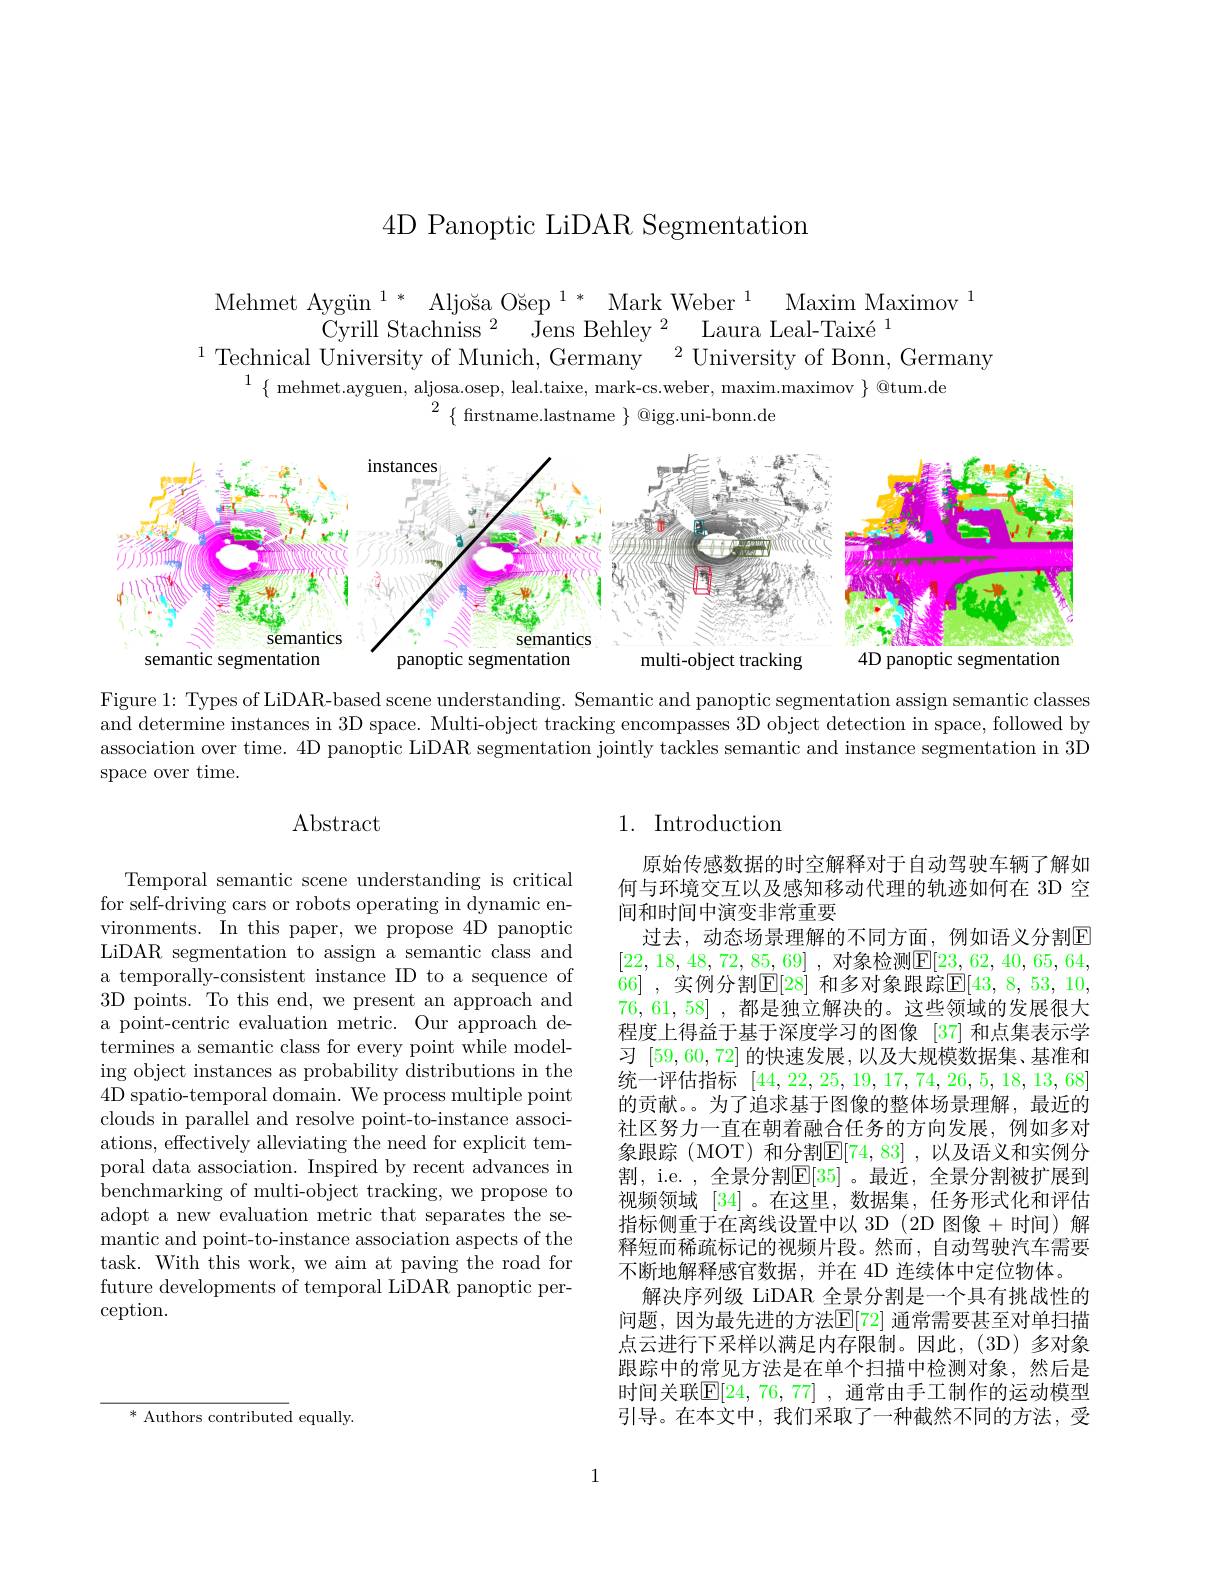
4D Panoptic LiDAR Segmentation

$\begin{array}{c}{\mathrm{Mehmet~Aygin~}^{1*}}&{\text{Aljoša Ošep}^{1*}}&{\text{Mark Weber}^{1}}&{\text{Maxim Maximov}^{1}}\\{\text{Cyrill Stachniss }^{2}}&{\text{Jens Behley}^{2}}&{\text{Laura Leal-Taixé}^{1}}\\{^{1}}&{\text{Technical University of Munich, Germany}}&{^{2}}\text{University of Bonn, Germany}\end{array}$
$\{$ mehmet.ayguen, aljosa.osep, leal.taixe, mark-cs.weber, maxim.maximov $\}$ @tum.de
$^{2}{\{\mathrm{~firstname.lastname~}\}}{\textcircled {@}}$igg.uni-bonn.de

<FigureHere>

Figure 1: Types of LiDAR-based scene understanding. Semantic and panoptic segmentation assign semantic classes and determine instances in 3D space. Multi-object tracking encompasses 3D object detection in space, followed by association over time. 4D panoptic LiDAR segmentation jointly tackles semantic and instance segmentation in 3D space over time.

## Abstract

Temporal semantic scene understanding is critical for self-driving cars or robots operating in dynamic environments. In this paper, we propose 4D panoptic LiDAR segmentation to assign a semantic class and a temporally-consistent instance ID to a sequence of 3D points. To this end, we present an approach and a point-centric evaluation metric. Our approach determines a semantic class for every point while modeling object instances as probability distributions in the 4D spatio-temporal domain. We process multiple point clouds in parallel and resolve point-to-instance associations, effectively alleviating the need for explicit temporal data association. Inspired by recent advances in benchmarking of multi-object tracking, we propose to adopt a new evaluation metric that separates the se- $\bar{\text{mantic and point-to-instance association aspects of the}}$ task. With this work, we aim at paving the road for future developments of temporal LiDAR panoptic perception.

## 1. Introduction

原始传感数据的时空解释对于自动驾驶车辆了解如何与环境交互以及感知移动代理的轨迹如何在 3D 空间和时间中演变非常重要
过去，动态场景理解的不同方面，例如语义分割$\overline{\mathrm{E}}$ [22,18,48,72,85,69] , 对象检测$\underline {\mathrm{E} }[ 23$, 62, 40, 65, 64, 66] ,实例分割$\mathbb{E}[28]$ 和多对象跟踪$\mathbb{E}[43,8,53,10$, 76, 61, 58] , 都是独立解决的。这些领域的发展很大程度上得益于基于深度学习的图像 [37] 和点集表示学习[59,60,72]的快速发展，以及大规模数据集、基准和统一评估指标 [44,22,25,19,17,74,26,5,18,13,68] 的贡献。为了追求基于图像的整体场景理解，最近的社区努力一直在朝着融合任务的方向发展，例如多对象跟踪(MOT)和分割$\mathbb{E}[74,83]$,以及语义和实例分割，i.e. , 全景分割$\mathbb{E}[35]$。最近，全景分割被扩展到视频领域 [34] 。在这里，数据集，任务形式化和评估指标侧重于在离线设置中以 3D (2D 图像 + 时间) 解释短而稀疏标记的视频片段。然而，自动驾驶汽车需要不断地解释感官数据，并在 4D 连续体中定位物体。
解决序列级 LiDAR 全景分割是一个具有挑战性的问题，因为最先进的方法$\mathbb{E}[72]$ 通常需要甚至对单扫描点云进行下采样以满足内存限制。因此，(3D)多对象跟踪中的常见方法是在单个扫描中检测对象，然后是时间关联$\mathbb{E}[24,76,77]$ ,通常由手工制作的运动模型引导。在本文中，我们采取了一种截然不同的方法，受

1

$^*$ Authors contributed equally.